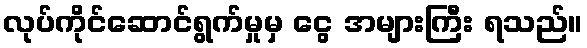
လုပ်ကိုင်ဆောင်ရွက်မှုမှ ငွေ အများကြီး ရသည်။